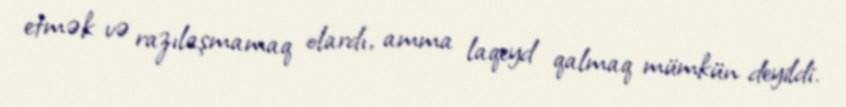
etmək və razılaşmamaq olardı, amma laqeyd qalmaq mümkün deyildi.